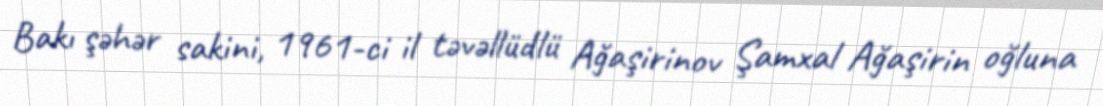
Bakı şəhər sakini, 1961-ci il təvəllüdlü Ağaşirinov Şamxal Ağaşirin oğluna